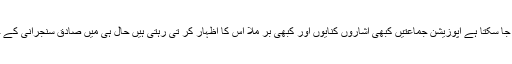
وطن عزیزمیں اس وقت جاری کشمکش کے پس منظر میں بھی اسی عمل وتعامل کو محسوس کیا جا سکتا ہے اپوزیشن جماعتیں کبھی اشاروں کنایوں اور کبھی بر ملا اس کا اظہار کر تی رہتی ہیں حال ہی میں صادق سنجرانی کے خلاف عدم اعتماد کی ووٹنگ کے بعد حاصل بزنجو اور بلاول کے بیانات بھی اس کے عکاس ہیں۔